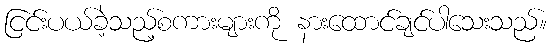
ငြင်းပယ်ခဲ့သည့်စကားများကို နားထောင်ချင်ပါသေးသည်။